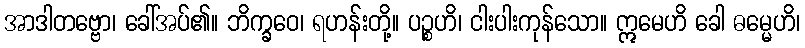
အာဒါတဗ္ဗော၊ ခေါ်အပ်၏။ ဘိက္ခဝေ၊ ရဟန်းတို့။ ပဉ္စဟိ၊ ငါးပါးကုန်သော။ ဣမေဟိ ခေါ ဓမ္မေဟိ၊